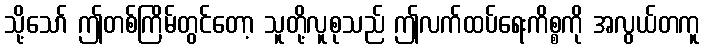
သို့သော် ဤတစ်ကြိမ်တွင်တော့ သူတို့လူစုသည် ဤလက်ထပ်ရေးကိစ္စကို အလွယ်တကူ